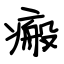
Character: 瘢